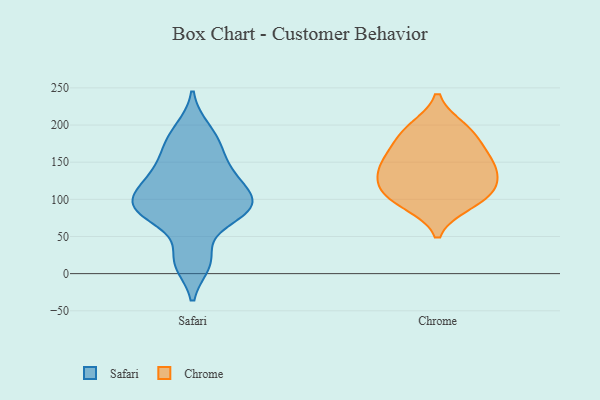
{"axis": {"x": "Churn Rate (%)", "y": "Value"}, "legend": ["Chrome", "Safari"], "data": [{"x": "", "y": 135, "type": "Safari"}, {"x": "", "y": 20, "type": "Safari"}, {"x": "", "y": 81, "type": "Safari"}, {"x": "", "y": 163, "type": "Safari"}, {"x": "", "y": 82, "type": "Safari"}, {"x": "", "y": 14, "type": "Safari"}, {"x": "", "y": 118, "type": "Safari"}, {"x": "", "y": 90, "type": "Safari"}, {"x": "", "y": 174, "type": "Safari"}, {"x": "", "y": 81, "type": "Safari"}, {"x": "", "y": 195, "type": "Safari"}, {"x": "", "y": 104, "type": "Safari"}, {"x": "", "y": 130, "type": "Safari"}, {"x": "", "y": 96, "type": "Safari"}, {"x": "", "y": 123, "type": "Chrome"}, {"x": "", "y": 178, "type": "Chrome"}, {"x": "", "y": 140, "type": "Chrome"}, {"x": "", "y": 109, "type": "Chrome"}, {"x": "", "y": 98, "type": "Chrome"}, {"x": "", "y": 142, "type": "Chrome"}, {"x": "", "y": 193, "type": "Chrome"}, {"x": "", "y": 94, "type": "Chrome"}, {"x": "", "y": 158, "type": "Chrome"}, {"x": "", "y": 196, "type": "Chrome"}, {"x": "", "y": 152, "type": "Chrome"}, {"x": "", "y": 115, "type": "Chrome"}]}